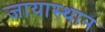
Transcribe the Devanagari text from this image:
जायास्थान